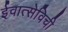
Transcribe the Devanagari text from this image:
ईवात्सेविची